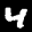
Label: 4